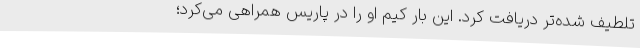
تلطیف شده‌تر دریافت کرد. این بار کیم او را در پاریس همراهی می‌کرد؛